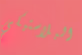
البلاستيكي